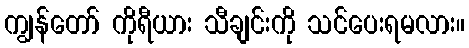
ကျွန်တော် ကိုရီယား သီချင်းကို သင်ပေးရမလား။